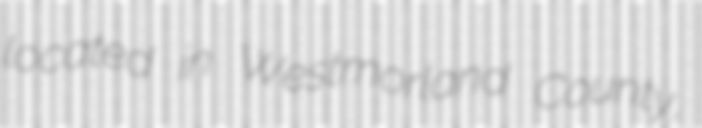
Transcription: located in Westmorland County,